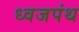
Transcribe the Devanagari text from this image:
ध्वजपंथ